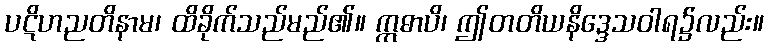
ပဋိဟညတိနာမ၊ ထိခိုက်သည်မည်၏။ ဣဓာပိ၊ ဤတတိယနိဒ္ဒေသဝါရ၌လည်း။